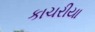
કાચરીયા